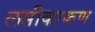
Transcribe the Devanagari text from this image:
लसीकाकण